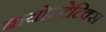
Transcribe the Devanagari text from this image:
बायोस्टेटिक्स